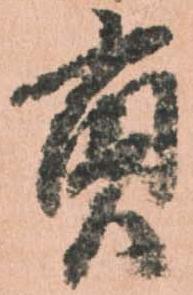
貢